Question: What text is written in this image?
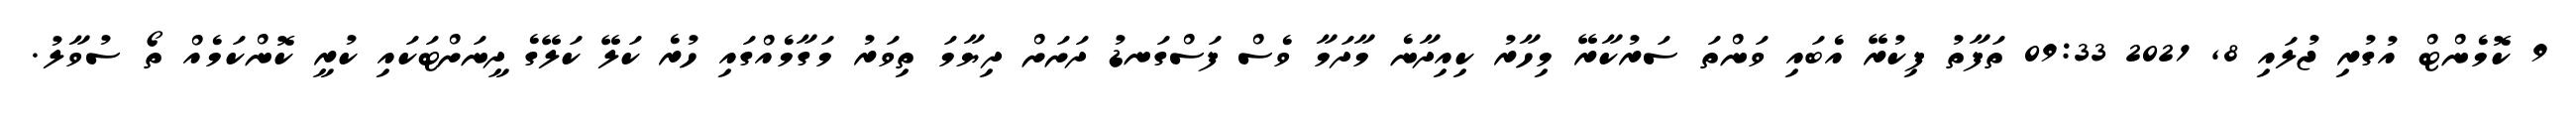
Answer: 9 ކޮމެންޓް އުގުރި ޖުލައި 8, 2021 09:33 ތަފާތު ފިކުރޭ އެބައި ވަންތަ ސަރުކާރޭ މިހާރު ކިއިދާނެ މާދަމާ ވެސް ފަސްގަނޑު ދަށަށް ދިޔާމަ ތިވަރު މަގާމެއްގައި ހުރެ ކަލޭ ކަލޭގެ ދީނަށްޓަކައި ކުރީ ކޮންކަމެއް ތޯ ސުވާލު.